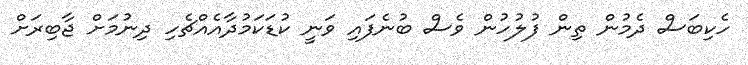
ހެކިބަސް ދެމުން ތިން ފުލުހުން ވެސް ބުނެފައި ވަނީ ކުޑަކަމުދާއެއްޗެހި ދިނުމަށް ޖާބިރަށް